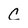
Character: C